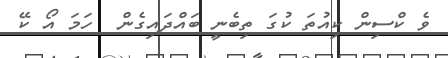
ވެ ކްސިން ކިއުތަ ކުގަ ތިބެނީ ބައްދައިގެން  ހަމަ އޯ ކޭ